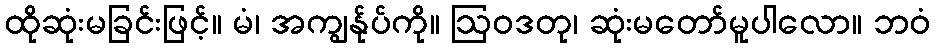
ထိုဆုံးမခြင်းဖြင့်။ မံ၊ အကျွန်ုပ်ကို။ ဩဝဒတု၊ ဆုံးမတော်မူပါလော။ ဘဝံ